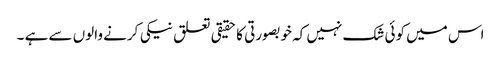
اس میں کوئی شک نہیں کہ خوبصورتی کا حقیقی تعلق نیکی کرنے والوں سے ہے ۔